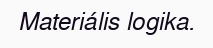
Materiális logika.